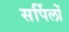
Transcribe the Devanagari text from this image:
सर्पिलों